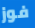
فوز